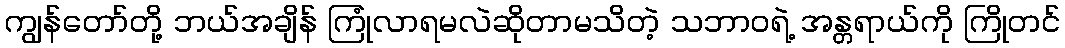
ကျွန်တော်တို့ ဘယ်အချိန် ကြုံလာရမလဲဆိုတာမသိတဲ့ သဘာဝရဲ့ အန္တရာယ်ကို ကြိုတင်